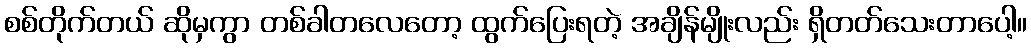
စစ်တိုက်တယ် ဆိုမှကွာ တစ်ခါတလေတော့ ထွက်ပြေးရတဲ့ အချိန်မျိုးလည်း ရှိတတ်သေးတာပေါ့။